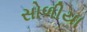
સોળીયા